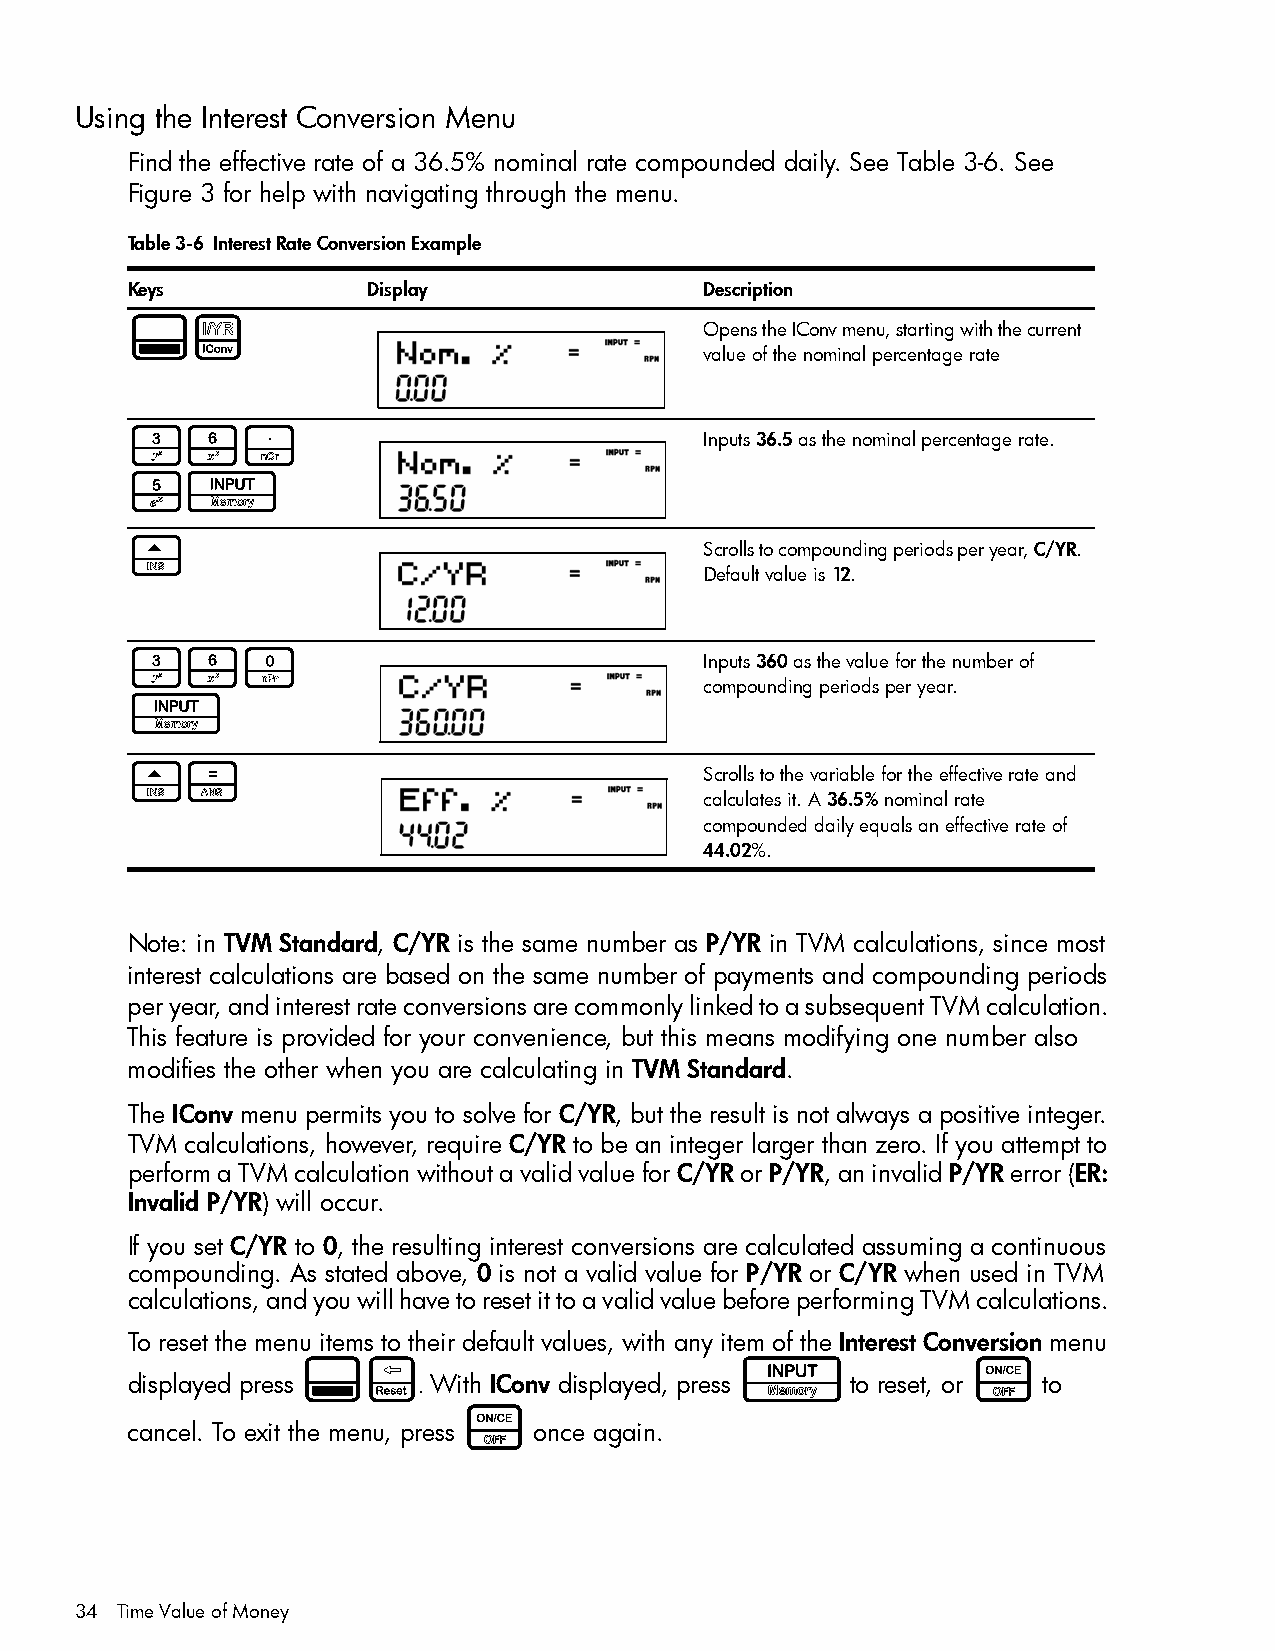
Using the Interest Conversion Menu
 Find the effective rate of a 36.5% nominal rate compounded daily. See Table 3-6. See
 Figure 3 for help with navigating through the menu.
 Table 3-6 Interest Rate Conversion Example
 Keys            Display                Description
 :&                                     Opens the IConv menu, starting with the current
 value of the nominal percentage rate
 36.                                    Inputs 36.5 as the nominal percentage rate.
 5I
 >                                      Scrolls to compounding periods per year, C/YR.
 Default value is 12.
 360                                    Inputs 360 as the value for the number of
 compounding periods per year.
 I
 >=                                     Scrolls to the variable for the effective rate and
 calculates it. A 36.5% nominal rate
 compounded daily equals an effective rate of
 44.02%.
 Note: in TVM Standard, C/YR is the same number as P/YR in TVM calculations, since most
 interest calculations are based on the same number of payments and compounding periods
 per year, and interest rate conversions are commonly linked to a subsequent TVM calculation.
 This feature is provided for your convenience, but this means modifying one number also
 modifies the other when you are calculating in TVM Standard.
 The IConv menu permits you to solve for C/YR, but the result is not always a positive integer.
 TVM calculations, however, require C/YR to be an integer larger than zero. If you attempt to
 perform a TVM calculation without a valid value for C/YR or P/YR, an invalid P/YR error (ER:
 Invalid P/YR) will occur.
 If you set C/YR to 0, the resulting interest conversions are calculated assuming a continuous
 compounding. As stated above, 0 is not a valid value for P/YR or C/YR when used in TVM
 calculations, and you will have to reset it to a valid value before performing TVM calculations.
 To reset the menu items to their default values, with any item of the Interest Conversion menu
 :x                           I              O
 displayed press     . With IConv displayed, press to reset, or to
 O
 cancel. To exit the menu, press once again.
 34 Time Value of Money